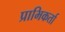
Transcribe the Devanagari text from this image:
प्राभिकर्ता